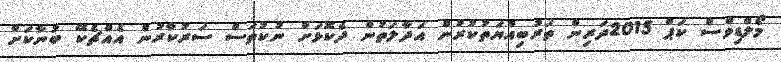
މޯލްޑިވްސް ކަޕް 2015ދަރިން ތަރުބިއްޔަތުކުރުން އަދާލަތުން ދެކޮޅަަށް ނުކުތަސް ސަރުކާރުން އެއްޗެކޭ ބުނާކަށް